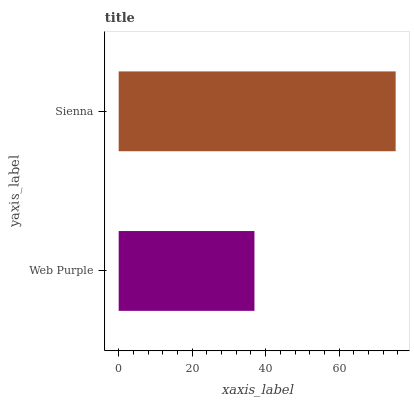
| yaxis_label | bars |
 | --- | --- |
 | Web Purple | 37 |
 | Sienna | 75.4 |